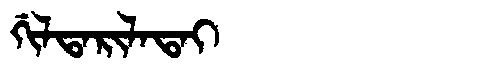
Manchu: ᡤᡳᠯᡨᠠᡵᡳᠯᠠᡨᠠᡳ
Romanization: GILTARILATAI